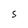
Character: S